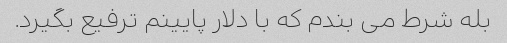
بله شرط می بندم که با دلار پایینم ترفیع بگیرد.